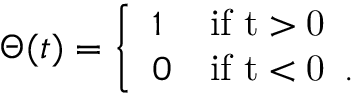
\Theta ( t ) = \left\{ \begin{array} { l l } { { 1 } } & { { \mathrm { i f ~ t > 0 ~ } } } \\ { { 0 } } & { { \mathrm { i f ~ t < 0 ~ } \, . } } \end{array} \right.